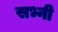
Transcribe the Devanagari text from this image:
सभ्नी